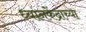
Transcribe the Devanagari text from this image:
ध्यानकेंद्राच्या